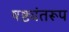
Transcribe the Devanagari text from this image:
षष्ठ्यंतरूप